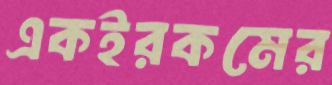
একইরকমের